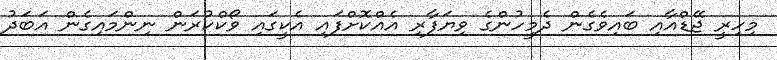
މިހިރީ ޖޭޑްއާއި ބައިވެގެން ދެމީހުންގެ ވިޔަފާރި އެއްކޮށްފައި އެކީގައި ވޯކްކުރަން ނިންމައިގެން އަބަދު